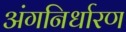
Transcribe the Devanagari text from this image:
अंगनिर्धारण